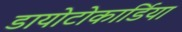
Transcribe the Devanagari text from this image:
डायोटोकार्डिया